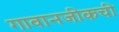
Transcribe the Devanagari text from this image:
गावानजीकची